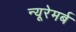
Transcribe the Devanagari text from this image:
न्यूरेमर्ब